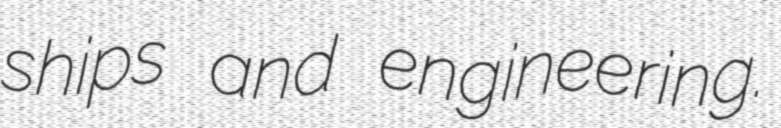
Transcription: ships and engineering.